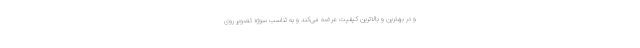
و در بهترین و بالاترین کیفیت عرضه می‌کند و به تناسب سوژه تصویر روی